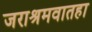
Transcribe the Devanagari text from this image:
जराश्रमवातहा